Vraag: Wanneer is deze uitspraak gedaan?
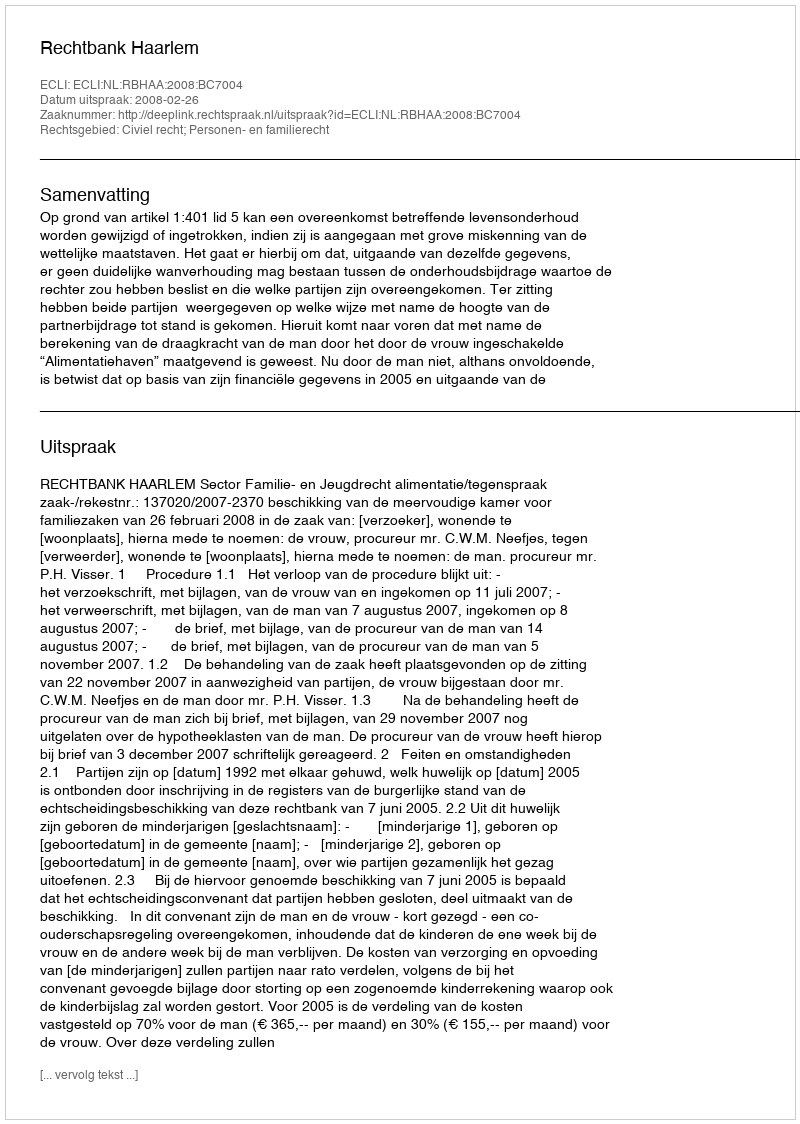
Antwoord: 2008-02-26